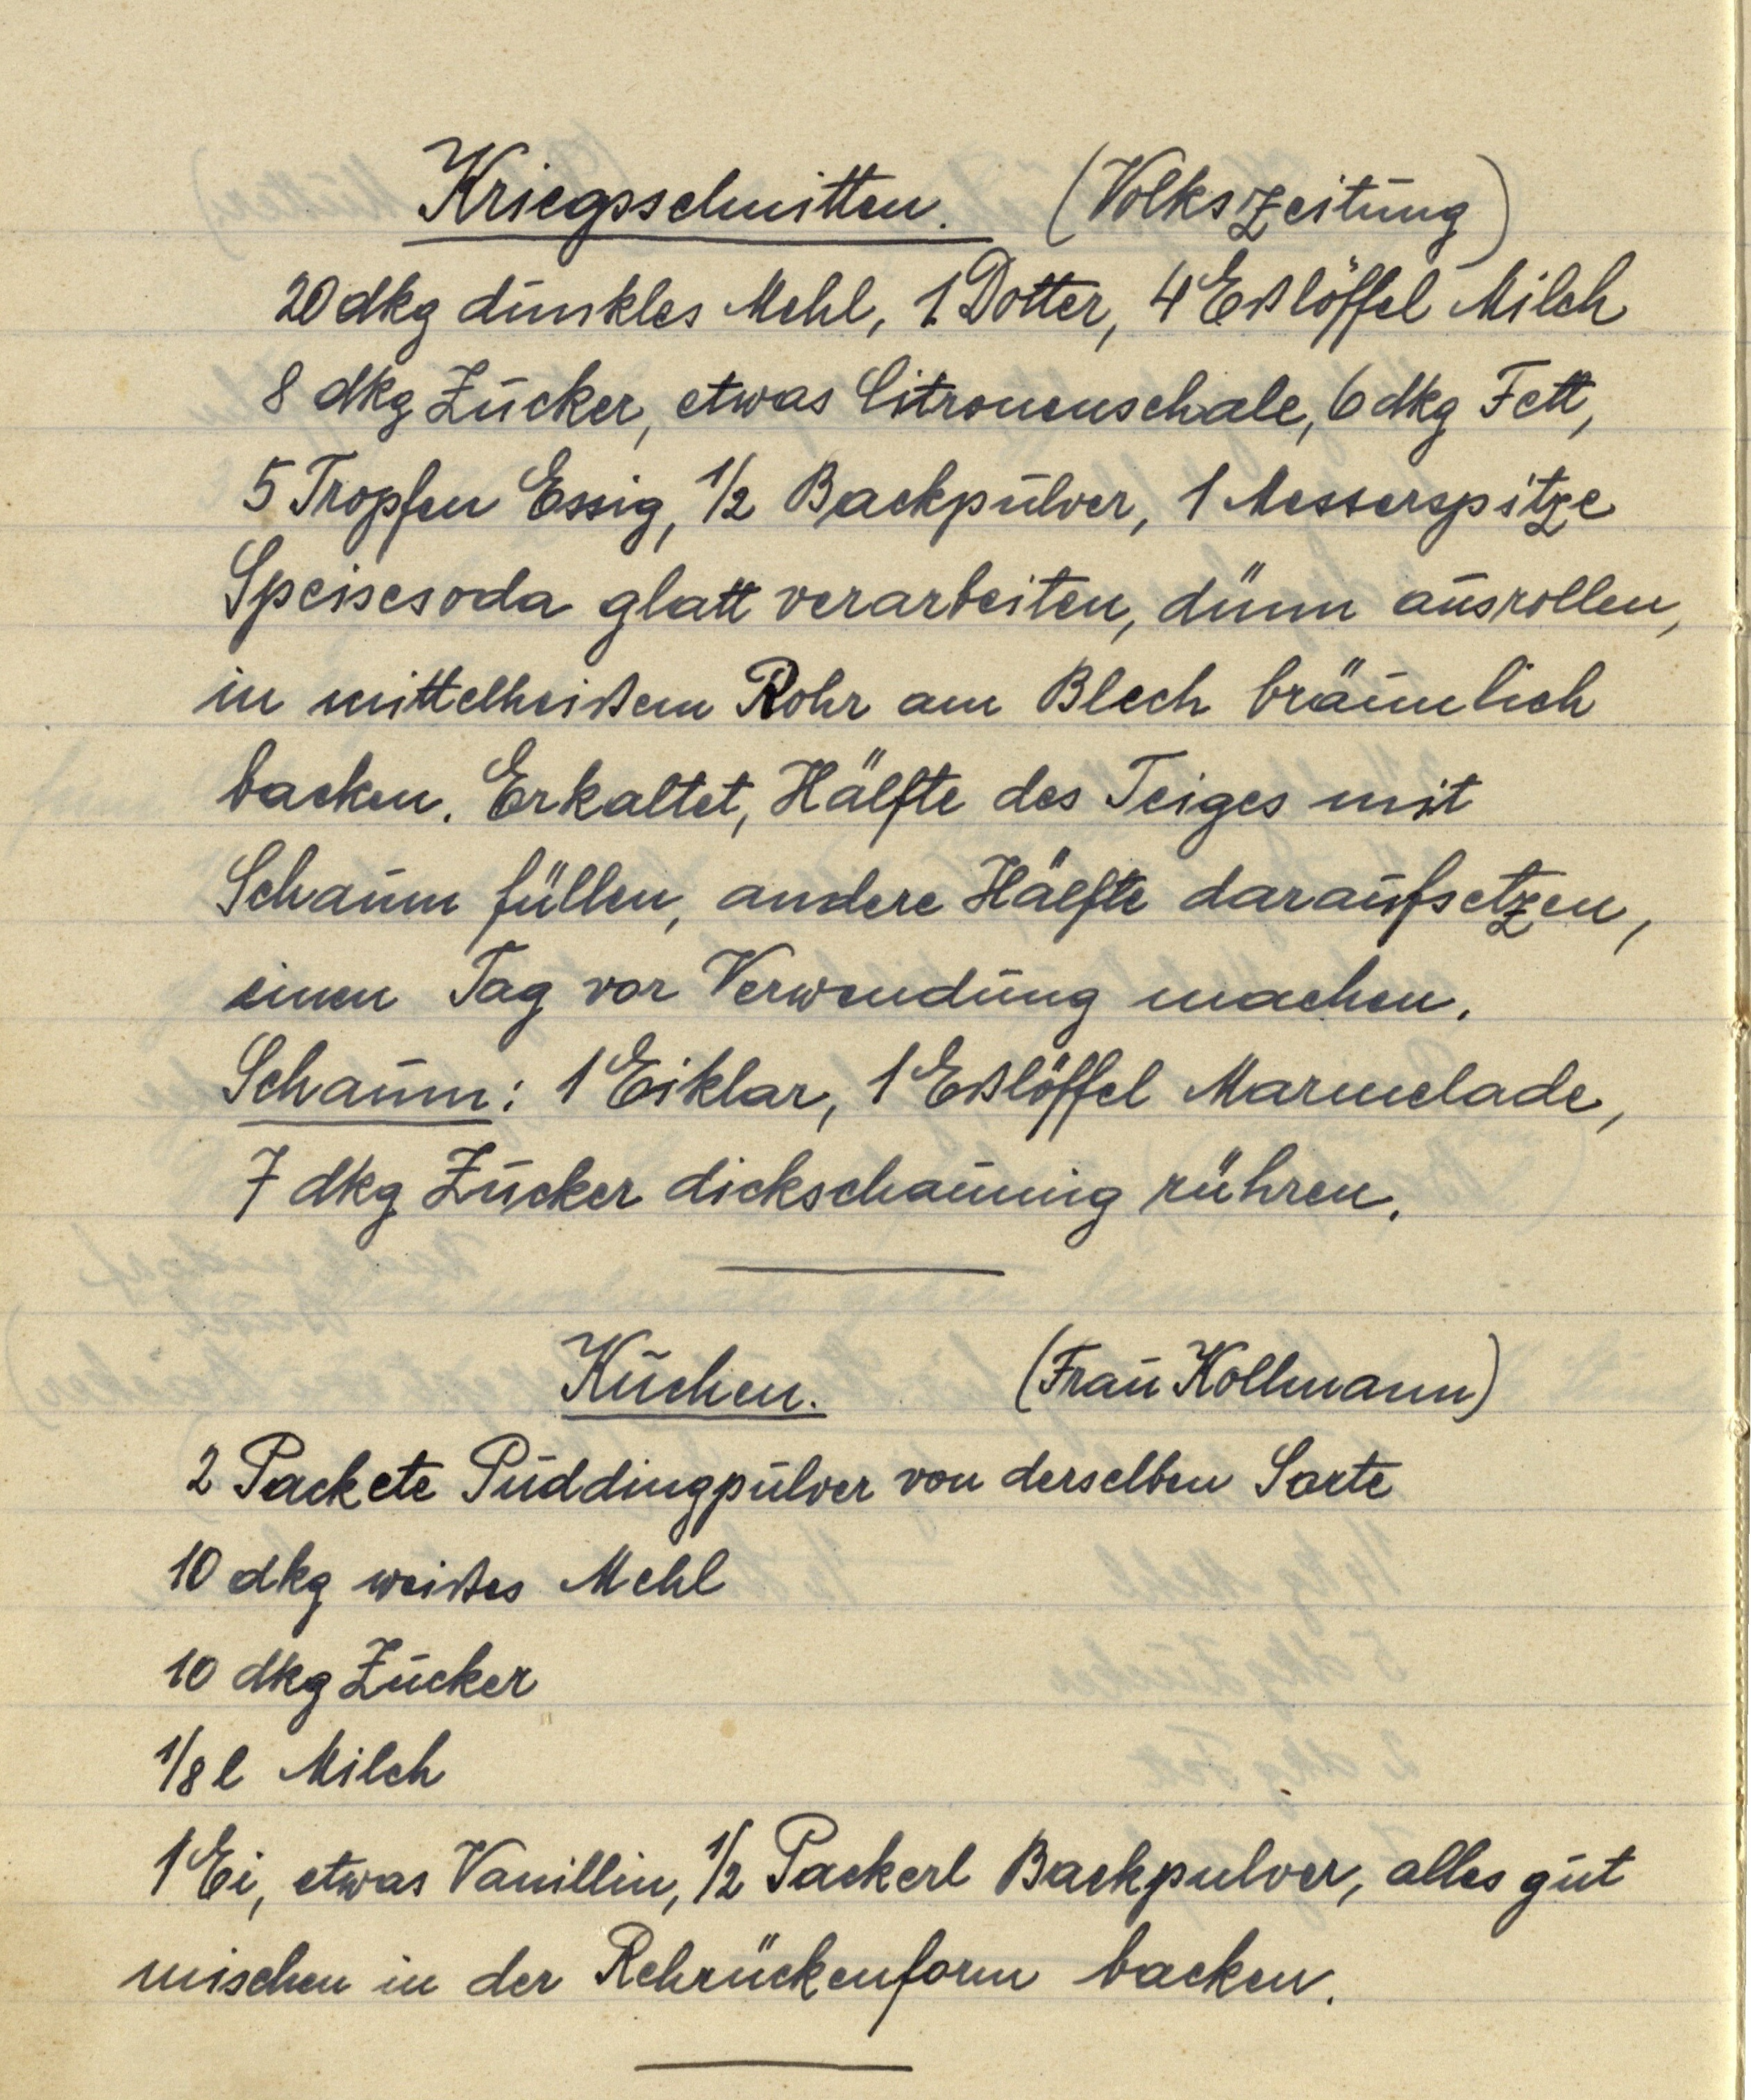
Kriegsschnitten. (Volkszeitung)
20 dkg dunkles Mehl, 1 Dotter, 4 Eßlöffel Milch
8 dkg Zucker, etwas Citronenschale, 6 dkg Fett,
5 Tropfen Essig, ½ Backpulver, 1 Messerspitze
Speisesoda glatt verarbeiten, dünn ausrollen,
in mittelheißem Rohr am Blech bräunlich
backen. Erkaltet, Hälfte des Teiges mit
Schaum füllen, andere Hälfte daraufsetzen,
einen Tag vor Verwendung machen.
Schaum: 1 Eiklar, 1 Eßlöffel Marmelade,
7 dkg Zucker dickschaumig rühren.

Kuchen. (Frau Kollmann)
2 Packete Puddingpulver von derselben Sorte
10 dkg weißes Mehl
10 dkg Zucker
⅛ l Milch
1 Ei, etwas Vanillin, ½ Packerl Backpulver, alles gut
mischen in der Rehrückenform backen.